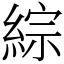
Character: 綜